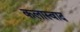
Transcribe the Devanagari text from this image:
कलास्वाद